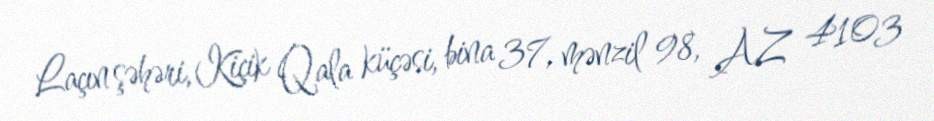
Laçın şəhəri, Kiçik Qala küçəsi, bina 37, mənzil 98, AZ 4103